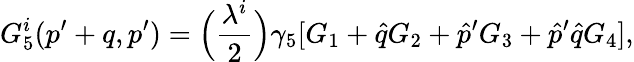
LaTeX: G_{5}^{i}(p^{\prime}+q,p^{\prime})=\Bigl({\frac{\lambda^{i}}{2}}\Bigr)\gamma_{5}[G_{1}+\hat{q}G_{2}+\hat{p}^{\prime}G_{3}+\hat{p}^{\prime}\hat{q}G_{4}],